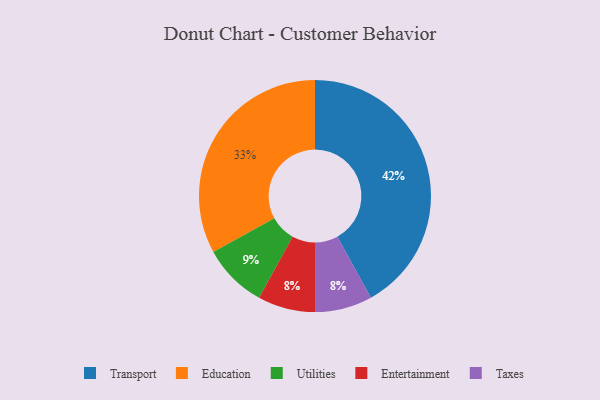
{"axis": {"x": "Category", "y": "Percentage"}, "legend": ["Education", "Entertainment", "Taxes", "Transport", "Utilities"], "data": [{"x": "Education", "y": 33, "type": "Education"}, {"x": "Entertainment", "y": 8, "type": "Entertainment"}, {"x": "Transport", "y": 42, "type": "Transport"}, {"x": "Taxes", "y": 8, "type": "Taxes"}, {"x": "Utilities", "y": 9, "type": "Utilities"}]}